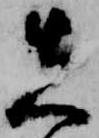
先